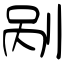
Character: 剐